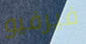
فيرفيو